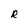
Character: R